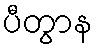
ပီတွာန